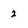
Character: 2